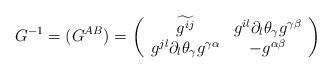
LaTeX: \begin{align*}G^{-1}=(G^{AB})=\left( \begin{array}{cc} \widetilde{{g}^{ij}} &g^{il}\partial_l\theta_\gamma g^{\gamma \beta } \\ g^{jl}\partial_l\theta_\gamma g^{\gamma \alpha } & -g^{\alpha \beta }\end{array} \right) \end{align*}